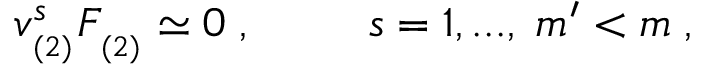
v _ { _ { ( 2 ) } } ^ { s } F _ { _ { ( 2 ) } } \simeq 0 \; , \; \; \; \; \; \; \; \; \; s = 1 , . . . , \; m ^ { \prime } < m \; ,